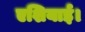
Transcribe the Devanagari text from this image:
एशियाई।